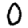
Digit: 0